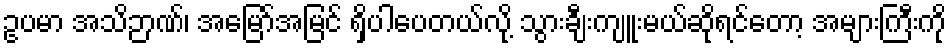
ဥပမာ အသိဉာဏ်၊ အမြော်အမြင် ရှိပါပေတယ်လို့ သွားချီးကျူးမယ်ဆိုရင်တော့ အများကြီးကို